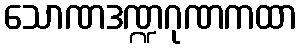
သောဏဒဏ္ဍဂုဏကထာ